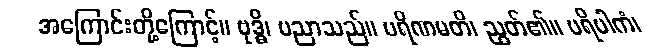
အကြောင်းတို့ကြောင့်။ ဗုဒ္ဓိ၊ ပညာသည်။ ပရိဏမတိ၊ ညွတ်၏။ ပရိပါကံ၊